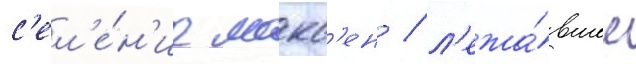
с'ел'е́н'ие макс'ен / л'ежа́вшее